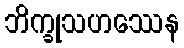
ဘိက္ခုသဟဿေန